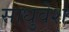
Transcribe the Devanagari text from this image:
साधुवेश